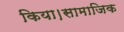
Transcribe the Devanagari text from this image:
किया।सामाजिक